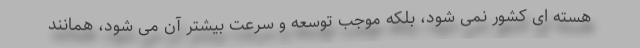
هسته ای کشور نمی شود، بلکه موجب توسعه و سرعت بیشتر آن می شود، همانند